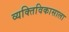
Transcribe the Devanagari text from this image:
व्यक्तिविकासाला